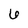
Character: 6